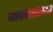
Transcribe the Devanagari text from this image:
व्यवहारसमता